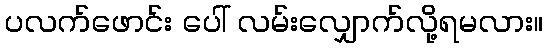
ပလက်ဖောင်း ပေါ် လမ်းလျှောက်လို့ရမလား။